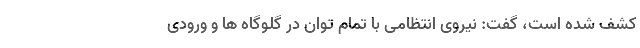
کشف شده است، گفت: نیروی انتظامی با تمام توان در گلوگاه ها و ورودی